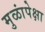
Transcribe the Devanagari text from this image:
मुळांपेक्षा